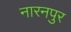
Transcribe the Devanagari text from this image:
नारनपुर